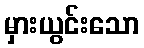
မှားယွင်းသော